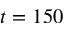
t = 1 5 0